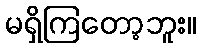
မရှိကြတော့ဘူး။